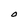
Character: O